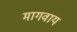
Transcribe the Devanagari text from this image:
मागवाय